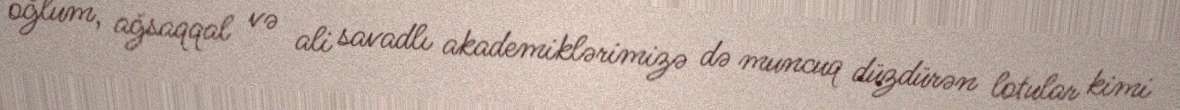
oğlum, ağsaqqal və ali savadlı akademiklərimizə də muncuq düzdürən lotular kimi